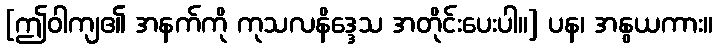
[ဤဝါကျ၏ အနက်ကို ကုသလနိဒ္ဒေသ အတိုင်းပေးပါ။] ပန၊ အနွယကား။